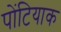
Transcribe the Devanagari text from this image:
पोंटियाक